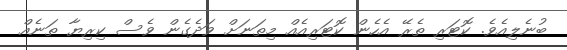
ބުނެލިއެވެ. ކޮޓަރި ތެރޭ އެހެން ކޮޓަރިއެއް މިތަނަށް ވަދެގެން ވެސް ކިރިޔާ ތަނެއް